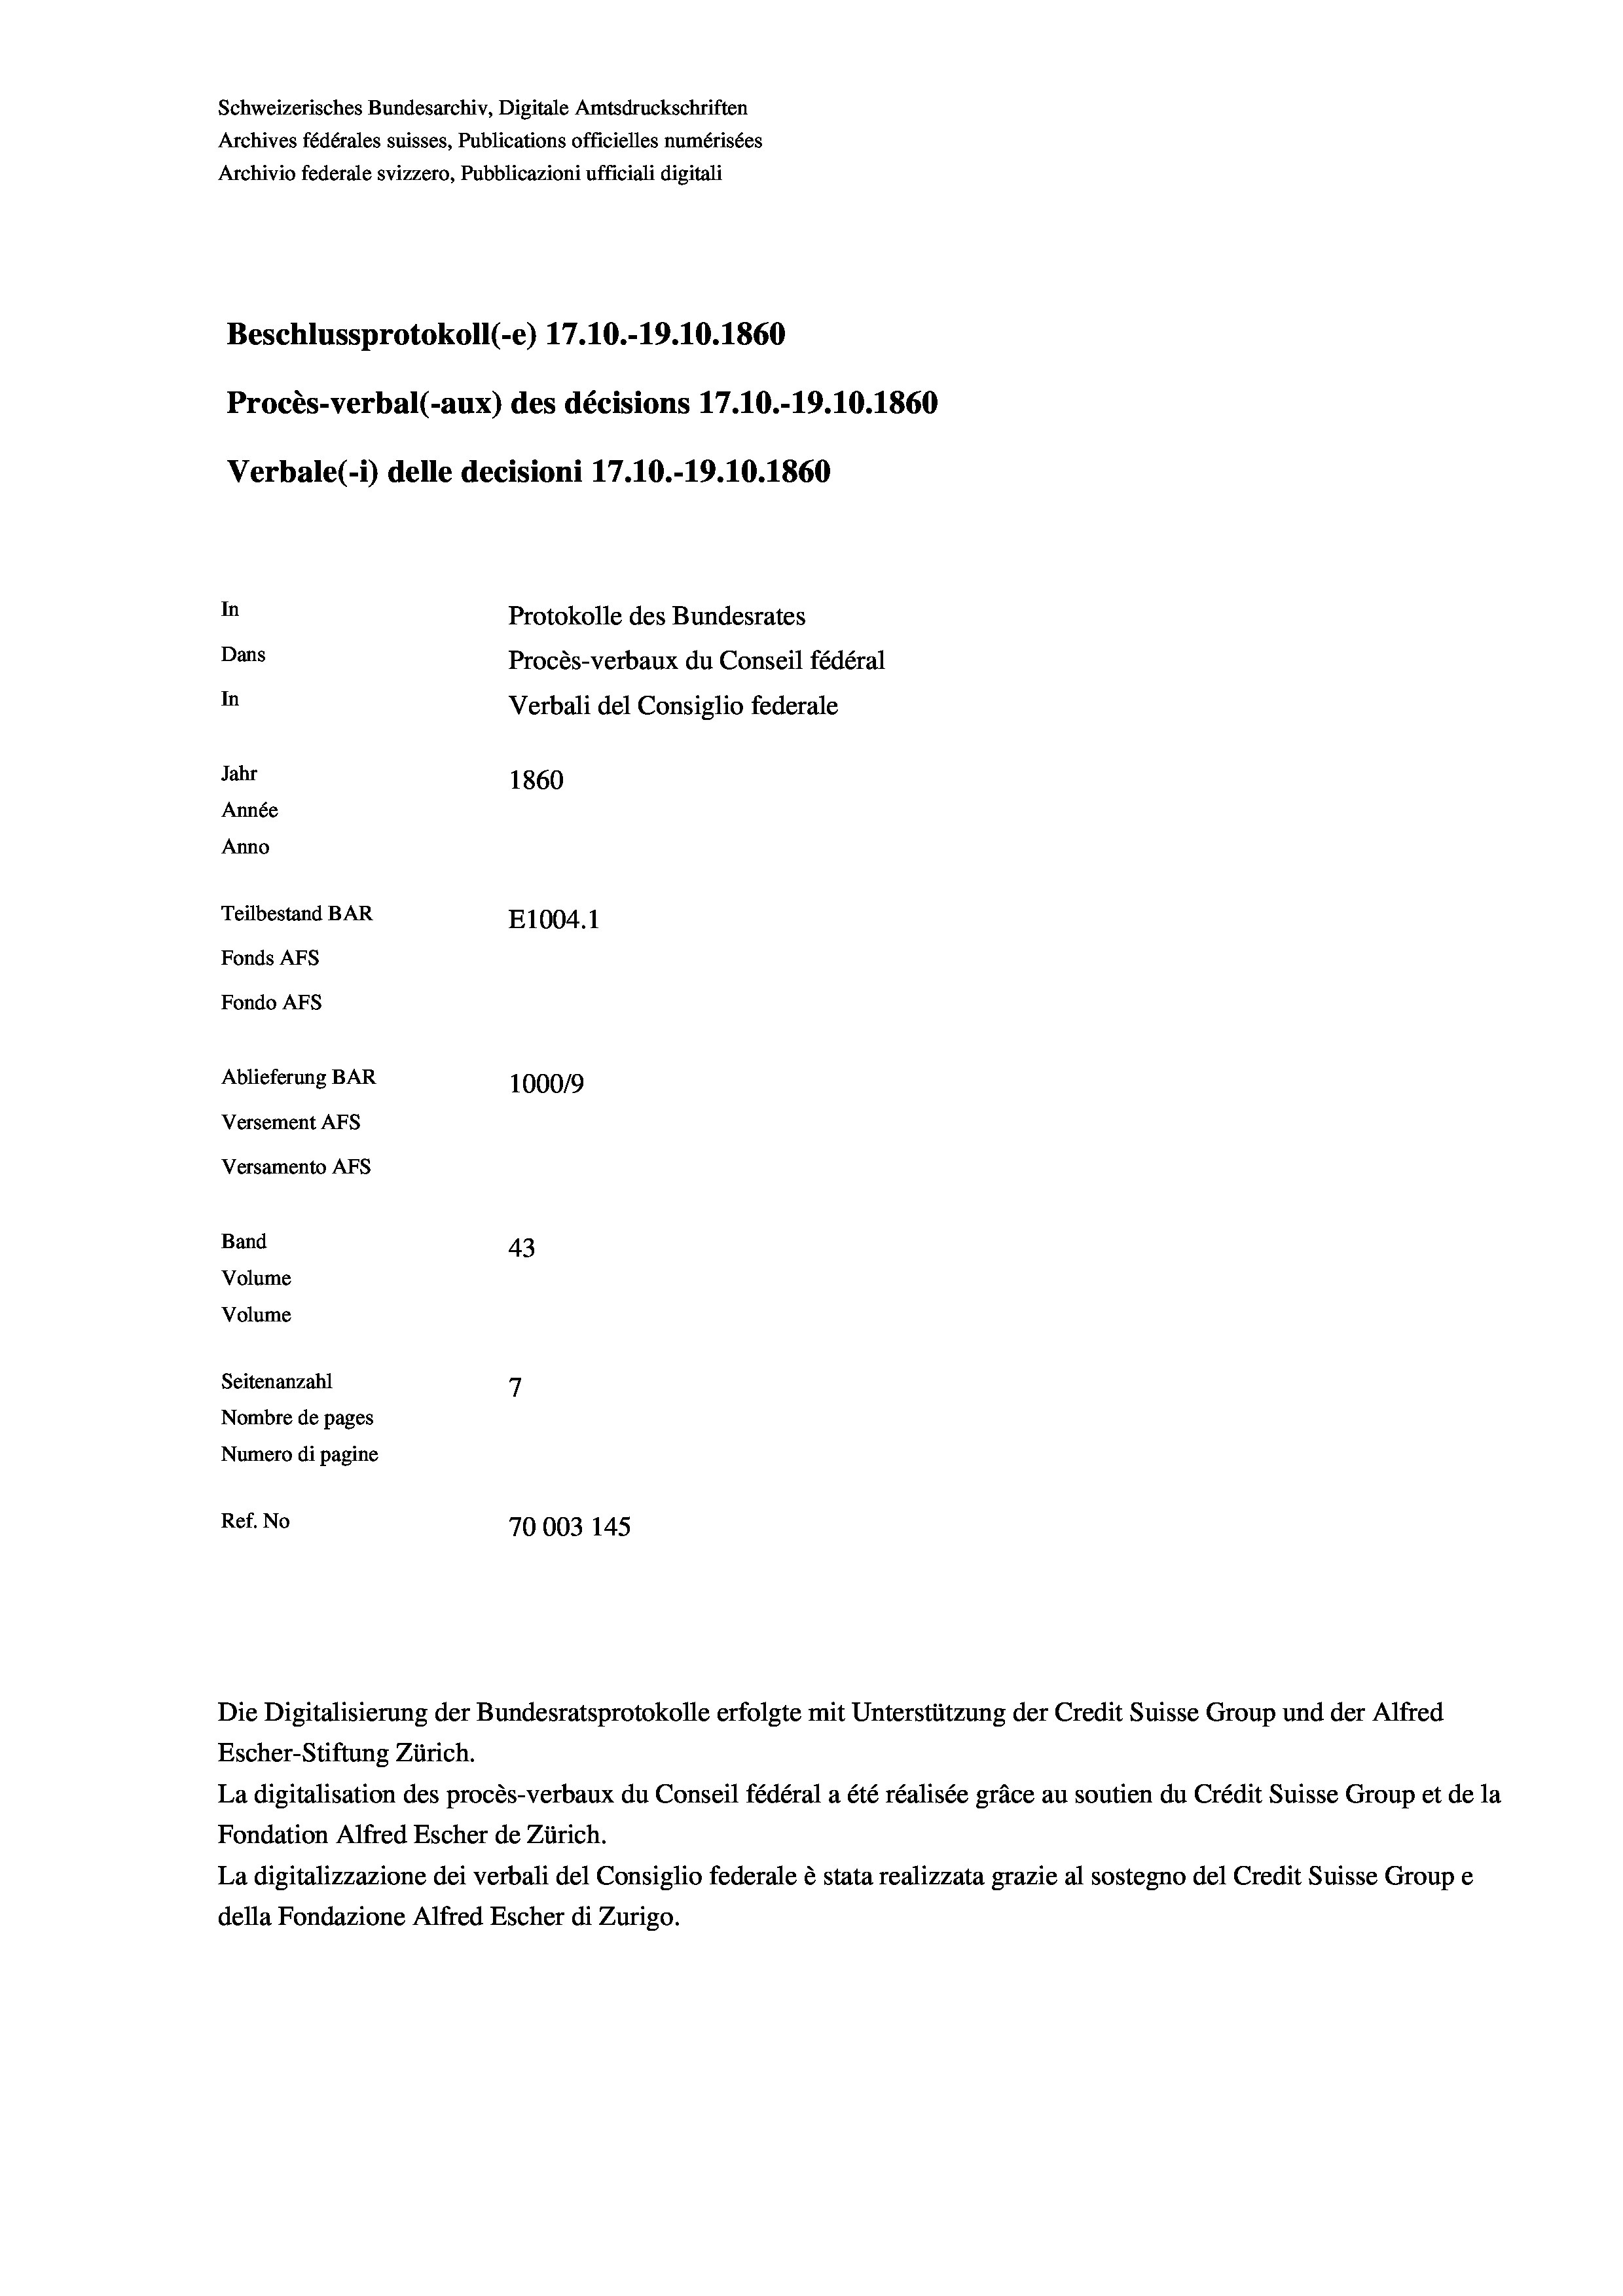
Schweizerisches Bundesarchiv, Digitale Amtsdruckschriften
Archives fédérales suisses, Publications officielles numérisées
Archivio federale svizzero, Pubblicazioni ufficiali digitali
Beschlussprotokoll (-e) 17.10.-19.10.1860
Procès-verbal (-aux) des décisions 17.10.-19.10.1860
Verbale(*) delle decisioni 17.10.-19.10. 1860
In
Protokolle des Bundesrates
Dans
Procès-verbaux du Conseil fédéral
In
Verbali del Consiglio federale
Jahr
1860
Année
Anno
Teilbestand BAR
E1004. 1
Fonds AFs
Fondo Afs
Ablieferung BAR
100019
Versement AFs
Versamento Afs
Band
43
Volume
Volume
7
Seitenanzahl
Nombre de pages
Numero di pagine
Ref. No
70003 145

La digitalisation des procès-verbaux du Conseil fédéral a été réalisée gräce au soutien du Crédit Suisse Group et de la
Fondation Alfred Escher de Zürich.
La digitalizzazione dei verbali del Consiglio federale è stata realizzata grazie al sostegno del Credit Suisse Groupe
della Fondazione Alfred Escher di Zurigo.

Die Digitalisierung der Bundesratsprotokolle erfolgte mit Unterstützung der Credit Suisse Group und der Alfred
Escher-Stiftung Zürich.